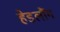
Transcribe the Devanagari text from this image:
हेडलौंग